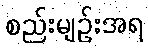
စည်းမျဉ်းအရ